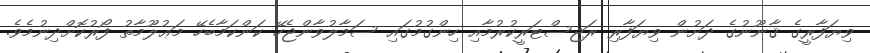
ވިޔަފާރީގެ ޤާނޫނުގެ ދަށުން ވިޔަފާރި ރަޖިސްޓަރީކުރުމާއި ހިންގުމުގައި ސަމާލުވާންޖެހޭ ކަންކަމާބެހޭ މަޢުލޫމާތު ފޯރުކޮށްދިނުމެވެ.